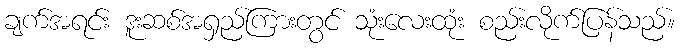
ချက်အရင်း ဒူးဆစ်အရှည်ကြားတွင် သုံးလေးထုံး စည်းလိုက်ပြန်သည်။